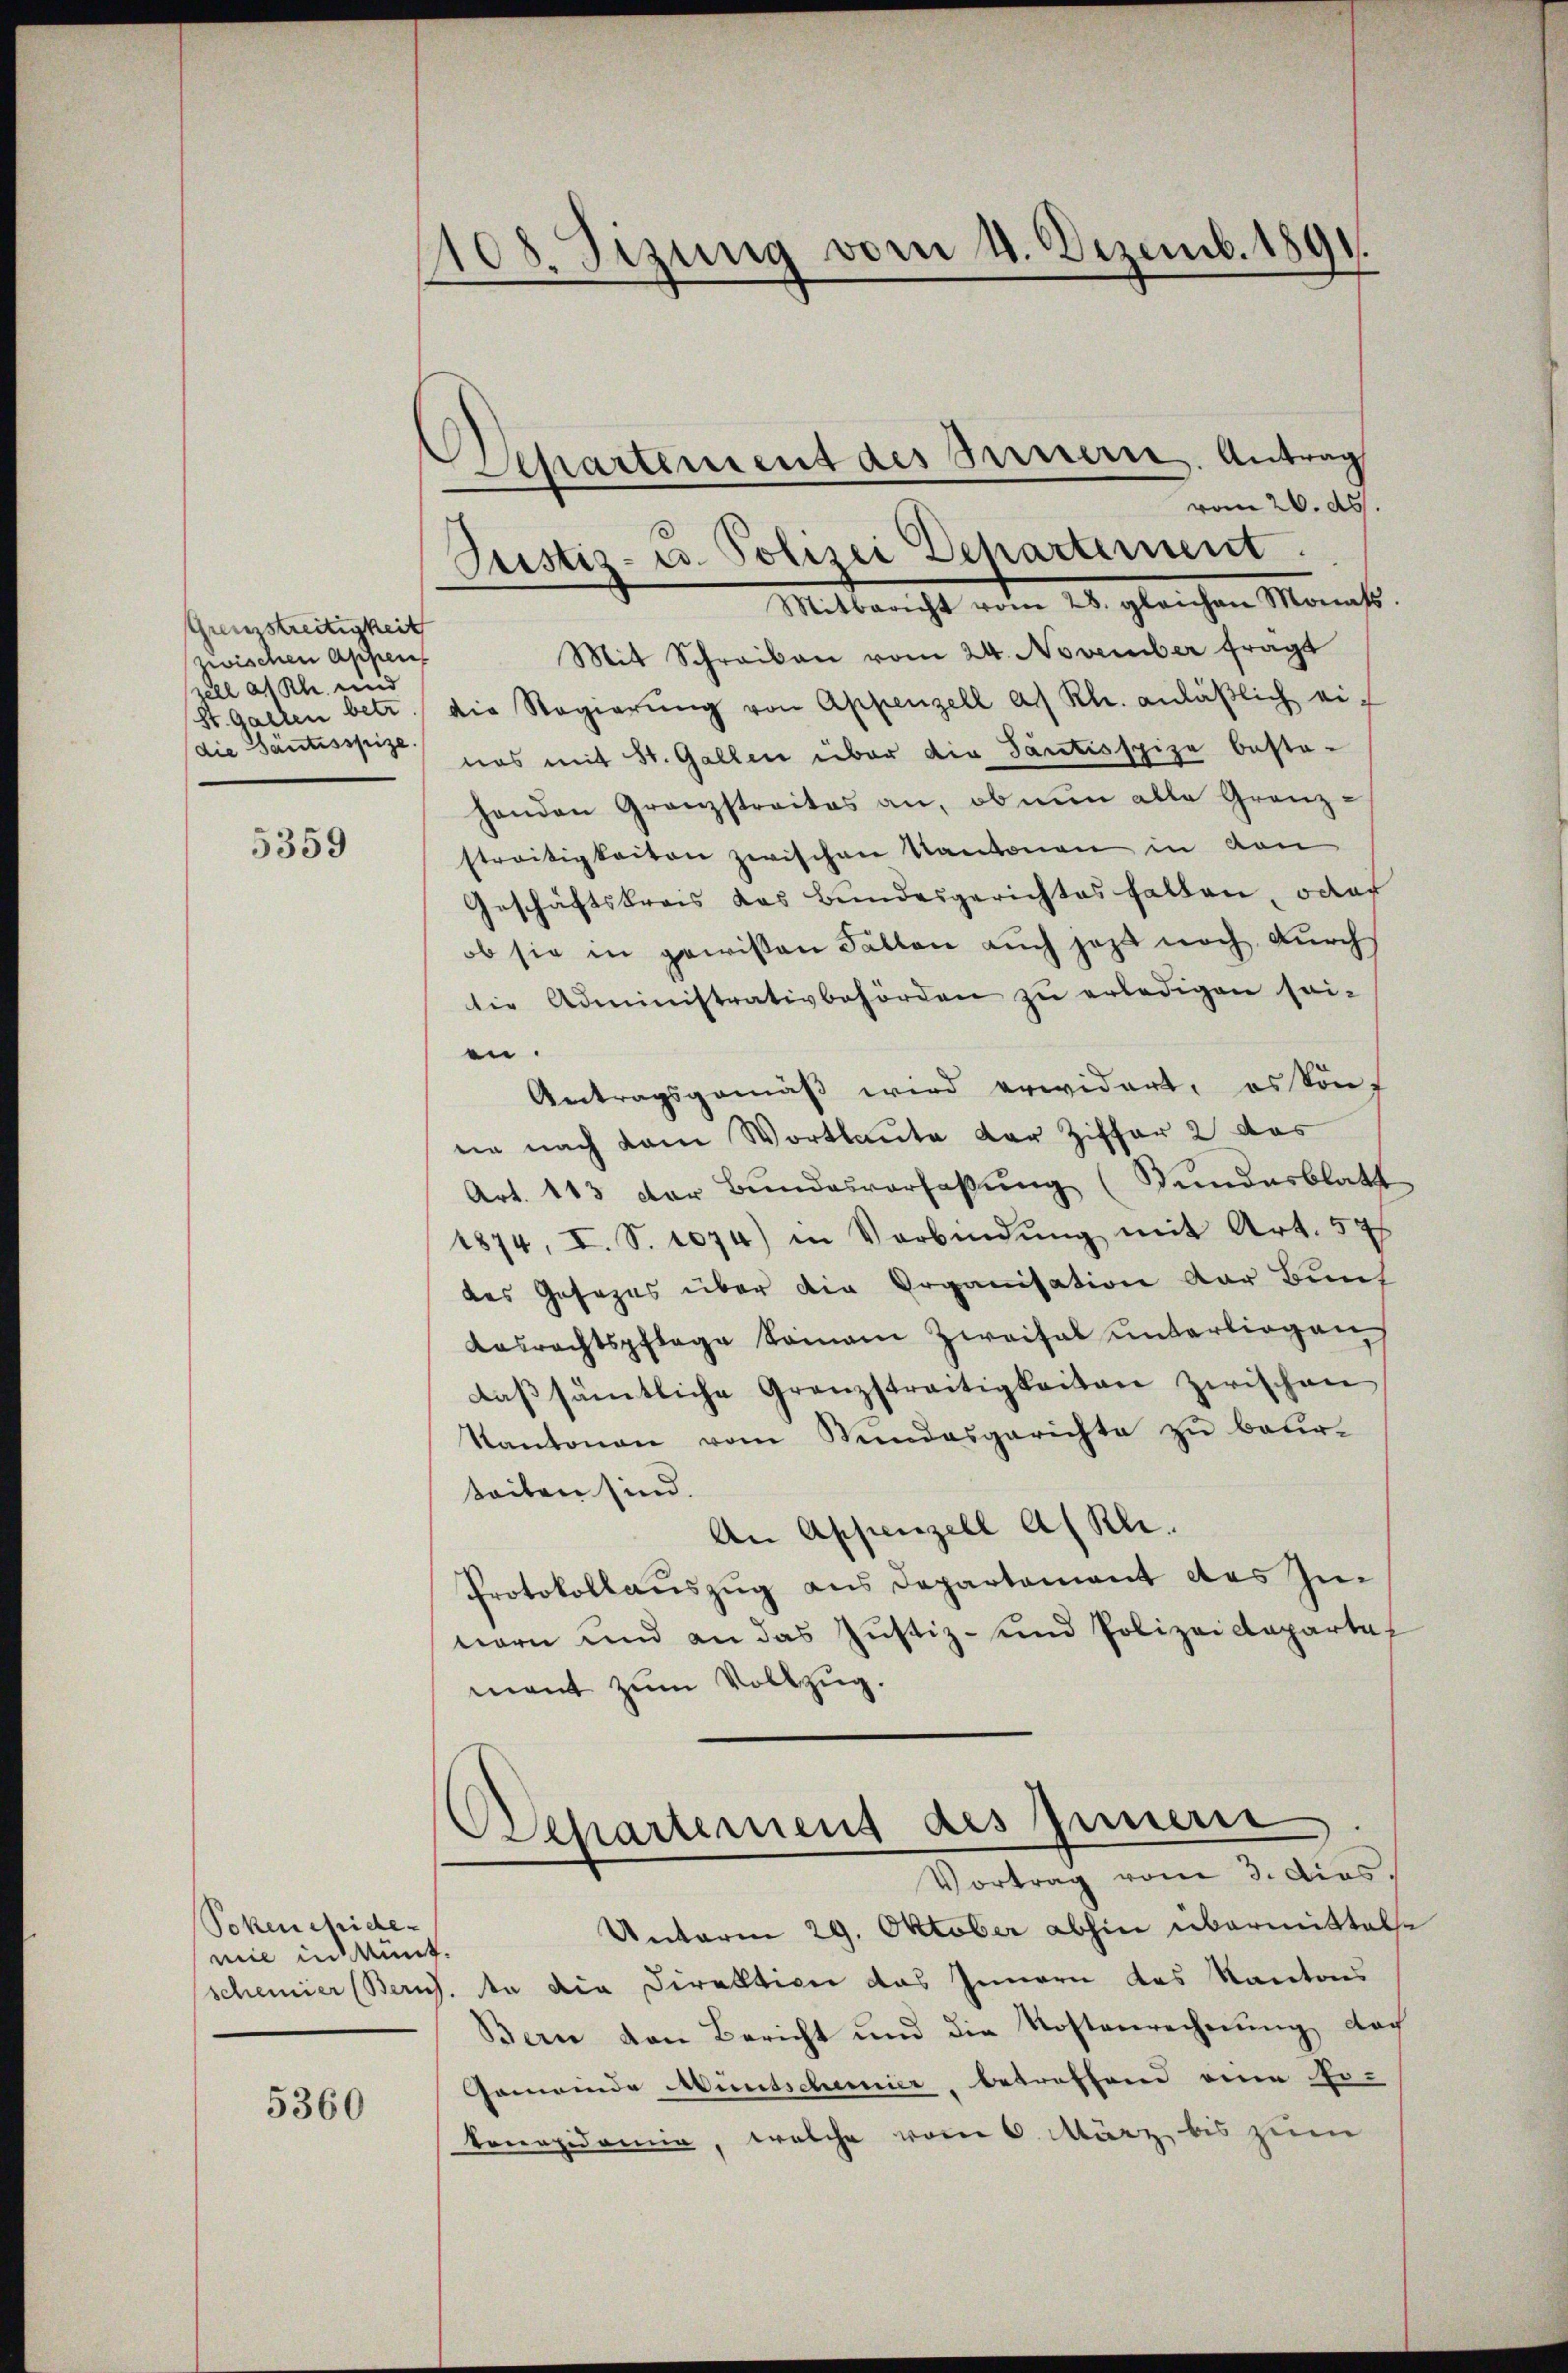
Grenzstreitigkeit
zwischen Appen
zell a/Rh. und
(St. Gallen betr.
die Säntisspize.

5359

Tokenepide-
nie in Ant.

5360

1108. Sizung vom 4. Dezemb. 1891

vom 26. ds.
Justiz- u. Polizei Departement.
Mitbericht vom 28. gleichen Monats
Mit Schreiben vom 24. November fragt
die Regierŭng von Appenzell a. Kl. anläβlich ei-
nas mit St. Gallen über die Tantisspize besta-
handen Granzstraites an, ob nun alle Grenz-
streitigkeiten zwischen Kantonen in von
Geschäftskreis das Bundesgerichtes halten, oder
ob sie in gewissen Fällen auch jetzt noch durch
die Administrativbehörden zu erledigen sei-
en.
Antragsgemäß wird erwidert, es kont
ne nach dem Wortlaute der Ziffer 2 das
Art. 113 der Bŭndesverfaβŭng (Sundesblatt
1874, I. S. 1074) in Verbindŭng mit Art. 57
des Gesezes über die Organisation der Bunt
Aasrechtspflege Somann Zweifal ŭnterliegen
daβsämtliche Grenzstreitigkeiten zwischen
Kantonen vom Sŭndesgerichte zŭ beŭr-
teilen sind.
An Appenzell A/Rh.
Protokollauszug aus Departement des Innern und an das Justiz- und Polizeidepartal
mant zum Vollzug.
Departement des Innern
Vortrag vom 3. dies.
Unterm 29. Oktober abhin übermittelst
scheiner Berns. An die Direktion das Innern das Kantons
Bern von Bericht und die Kostenrechnŭng doch
Gemeinde Muntschenier, betreffend eine Er-
konapidemie, welche vom 6. März bis zum

Separtement des Bernern. Antrag